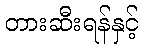
တားဆီးရန်နှင့်